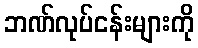
ဘဏ်လုပ်ငန်းများကို